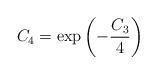
LaTeX: \begin{align*}C_4 = \exp\left(-\frac{C_3}{4}\right)\end{align*}